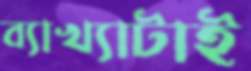
ব্যাখ্যাটাই